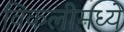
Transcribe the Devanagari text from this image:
विकलीमध्ये